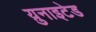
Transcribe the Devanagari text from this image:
य़ुनाइटेड